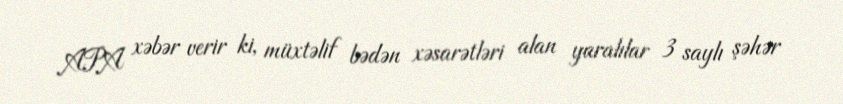
APA xəbər verir ki, müxtəlif bədən xəsarətləri alan yaralılar 3 saylı şəhər